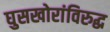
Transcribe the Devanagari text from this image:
घुसखोरांविरुद्ध